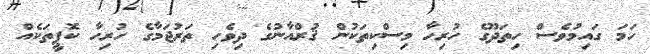
ހަމަ ގައިމުވެސް ހިތަދޫގެ ހުރިހާ މިސްކިތަކުން ޤުރްއާނުގެ ދިވެހި ތަރުޖަމާގެ ހުރިހާ ކޮޕީތަކެއް